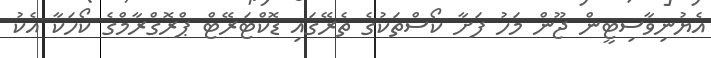
އެޔުނިވާސިޓީން ޖޫން މަހު ފަށާ ކޯސްތަކުގެ ތެރޭގައި ޑޮކްޓަރޭޓް ޕްރޮގްރާމްގެ ކޯހަކާ އެކު